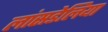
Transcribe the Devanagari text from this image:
लांसडेलिया